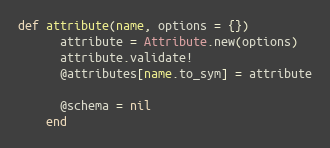
Language: Ruby
def attribute(name, options = {})
      attribute = Attribute.new(options)
      attribute.validate!
      @attributes[name.to_sym] = attribute

      @schema = nil
    end